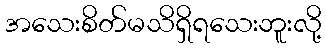
အသေးစိတ်မသိရှိရသေးဘူးလို့